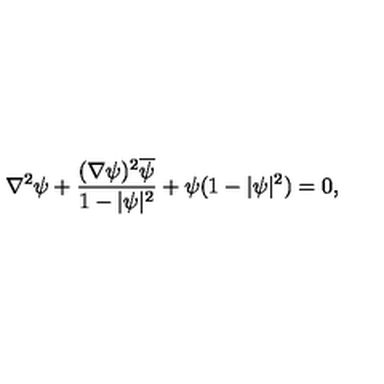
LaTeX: \nabla ^ { 2 } \psi + \frac { ( \nabla \psi ) ^ { 2 } { \overline { \psi } } } { 1 - | \psi | ^ { 2 } } + \psi ( 1 - | \psi | ^ { 2 } ) = 0 ,